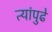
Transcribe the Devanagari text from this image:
त्यांपुढे